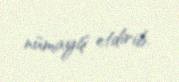
nümayiş etdirib.